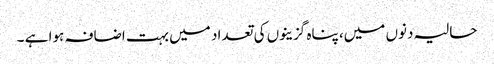
حالیہ دنوں میں، پناہ گزینوں کی تعداد میں بہت اضافہ ہوا ہے ۔